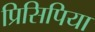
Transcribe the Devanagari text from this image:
प्रिसिपिया